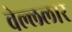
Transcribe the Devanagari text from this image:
वेल्ललार